Source: Handwritten
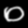
Digit: ၀ (0)